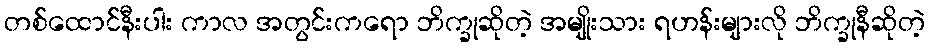
တစ်ထောင်နီးပါး ကာလ အတွင်းကရော ဘိက္ခုဆိုတဲ့ အမျိုးသား ရဟန်းများလို ဘိက္ခုနီဆိုတဲ့